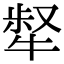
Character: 𤚜